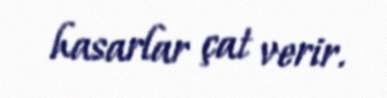
hasarlar çat verir.